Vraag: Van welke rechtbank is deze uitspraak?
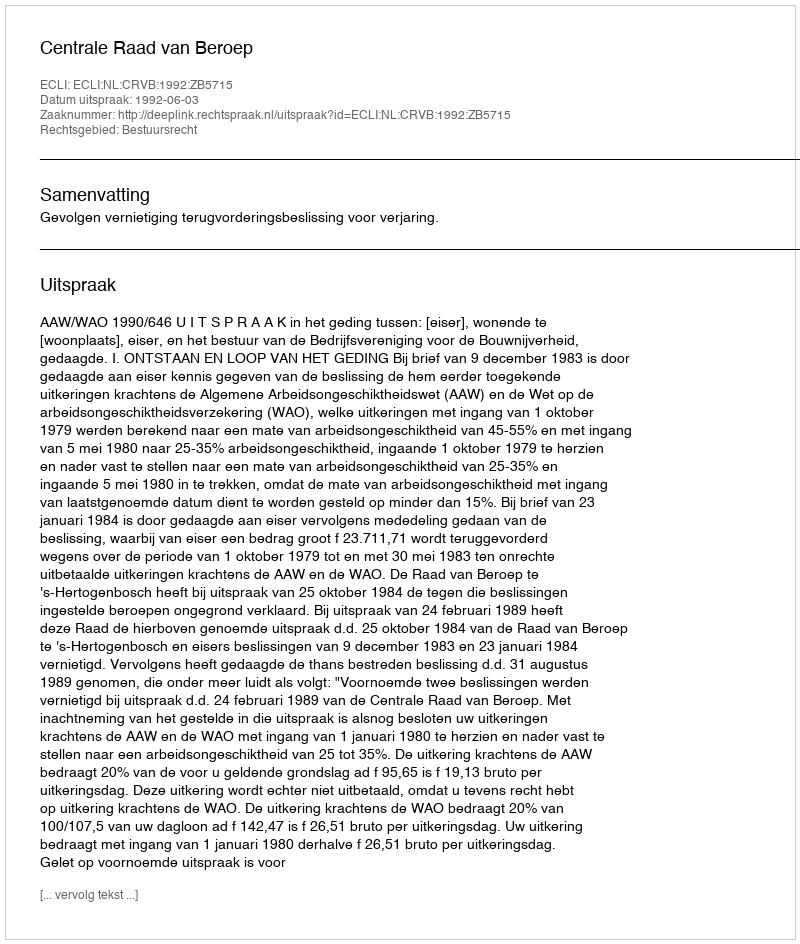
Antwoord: Centrale Raad van Beroep